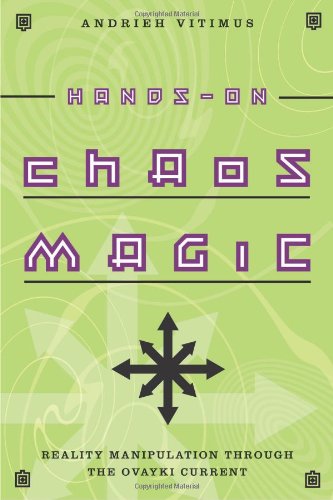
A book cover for Hands-On Chaos Magic: Reality Manipulation through the Ovayki Current; Andrieh Vitimus; Religion & Spirituality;